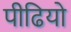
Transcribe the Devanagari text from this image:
पीढियो